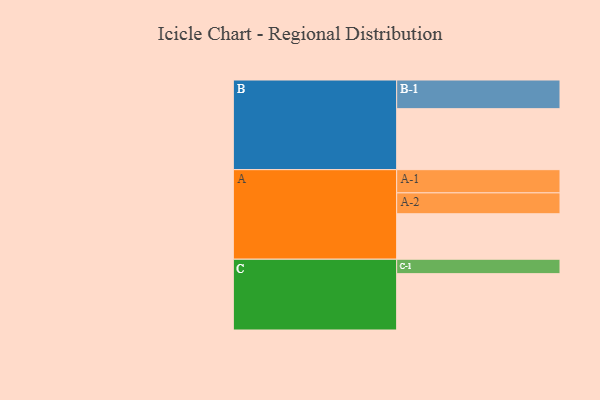
{"axis": {"x": "Segment", "y": "Value"}, "legend": ["", "A", "B", "C"], "data": [{"x": "A", "y": 431, "type": ""}, {"x": "B", "y": 578, "type": ""}, {"x": "C", "y": 534, "type": ""}, {"x": "A-1", "y": 220, "type": "A"}, {"x": "A-2", "y": 198, "type": "A"}, {"x": "B-1", "y": 272, "type": "B"}, {"x": "C-1", "y": 137, "type": "C"}]}